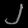
Digit: ၂